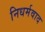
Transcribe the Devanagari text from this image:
निधर्मवाद